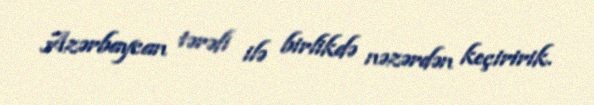
Azərbaycan tərəfi ilə birlikdə nəzərdən keçiririk.